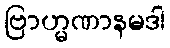
ဗြာဟ္မဏာနမဒါ